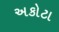
અકોટા